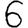
Digit: 6